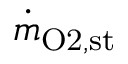
\dot { m } _ { \mathrm { O 2 } , \mathrm { { s t } } }